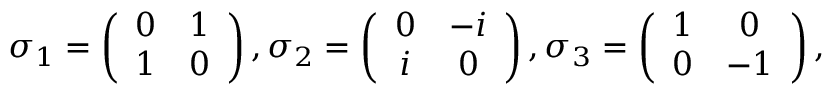
\begin{array} { r } { \sigma _ { 1 } = \left( \begin{array} { c c } { 0 } & { 1 } \\ { 1 } & { 0 } \end{array} \right) , \sigma _ { 2 } = \left( \begin{array} { c c } { 0 } & { - i } \\ { i } & { 0 } \end{array} \right) , \sigma _ { 3 } = \left( \begin{array} { c c } { 1 } & { 0 } \\ { 0 } & { - 1 } \end{array} \right) , } \end{array}